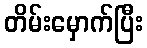
တိမ်းမှောက်ပြီး